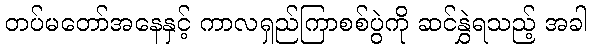
တပ်မတော်အနေနှင့် ကာလရှည်ကြာစစ်ပွဲကို ဆင်နွှဲရသည့် အခါ